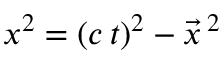
x ^ { 2 } = ( c \, t ) ^ { 2 } - \vec { x } \, ^ { 2 }